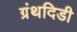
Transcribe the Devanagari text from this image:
ग्रंथदिडी